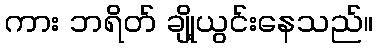
ကား ဘရိတ် ချို့ယွင်းနေသည်။